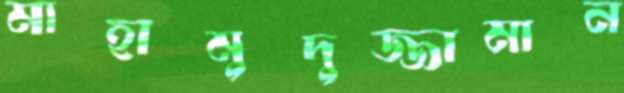
মাহামুদুজ্জামান